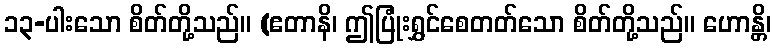
၁၃-ပါးသော စိတ်တို့သည်။ (ဧတာနိ၊ ဤပြုံးရွှင်စေတတ်သော စိတ်တို့သည်။ ဟောန္တိ၊